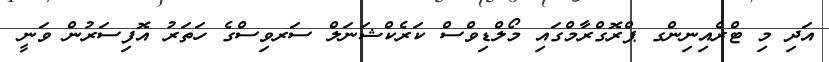
އަދި މި ޓްރެއިނިންގ ޕްރޮގްރާމްގައި މޯލްޑިވްސް ކަރެކްޝަނަލް ސަރވިސްގެ ހަތަރު އޮފިސަރުން ވަނީ